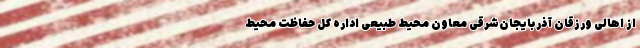
از اهالی ورزقان آذربایجان‌شرقی معاون محیط طبیعی اداره کل حفاظت محیط